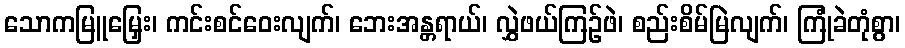
သောကမြူမြှေး၊ ကင်းစင်ဝေးလျက်၊ ဘေးအန္တရာယ်၊ လွှဲဖယ်ကြဉ်ဖဲ၊ စည်းစိမ်မြဲလျက်၊ ကြုံခဲတုံစွာ၊